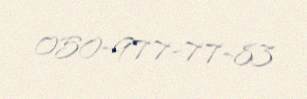
050-977-77-83